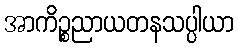
အာကိဉ္စညာယတနသပ္ပါယာ